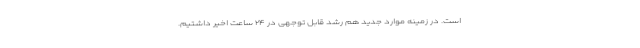
است. در زمینه موارد جدید هم رشد قابل توجهی در ۲۴ ساعت اخیر داشتیم.